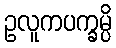
ဥလူကပက္ခမ္ပိ